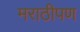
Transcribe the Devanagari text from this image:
मराठीपण